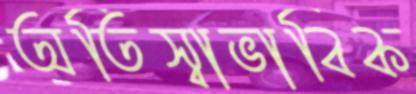
অতিস্বাভাবিক